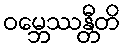
ဝမ္ဘေဿန္တီတိ